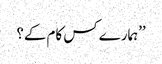
’’ہمارے کس کام کے؟